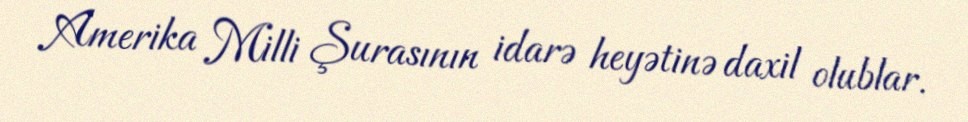
Amerika Milli Şurasının idarə heyətinə daxil olublar.